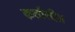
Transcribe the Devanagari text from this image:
कठौती।।